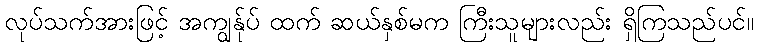
လုပ်သက်အားဖြင့် အကျွန်ုပ် ထက် ဆယ်နှစ်မက ကြီးသူများလည်း ရှိကြသည်ပင်။